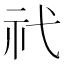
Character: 𥘒